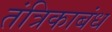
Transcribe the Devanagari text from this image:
तंत्रिकाबंध